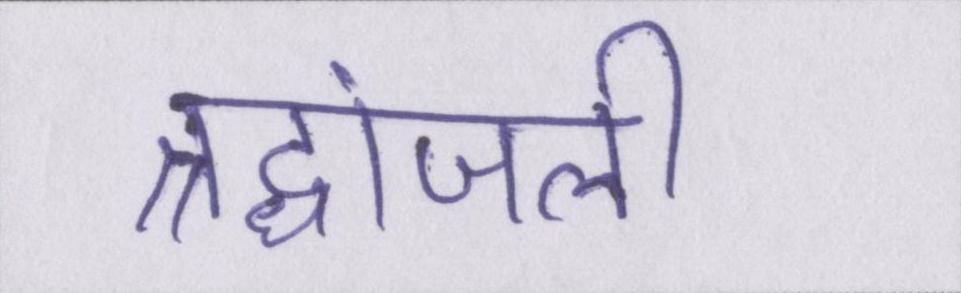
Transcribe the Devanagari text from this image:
श्रद्धांजली